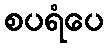
စပရံပေ